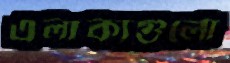
এলাকাগুলো